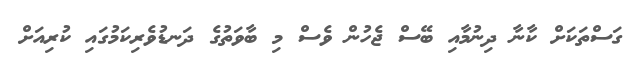
ގަސްތަކަށް ކާނާ ދިނުމާއި ބޭސް ޖެހުން ވެސް މި ބާވަތުގެ ދަނޑުވެރިކަމުގައި ކުރިއަށް